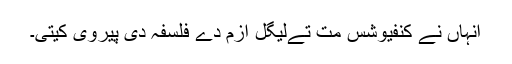
انہاں نے کنفیوشس مت تےلیگل ازم دے فلسفہ دی پیروی کیتی۔